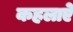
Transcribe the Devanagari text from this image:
कहलाऐ